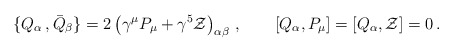
\begin{align*}\{ Q_\alpha\,, {\bar Q}_\beta \}=2\left(\gamma^\mu P_\mu +\gamma^5 {\cal Z}\right)_{\alpha\beta}\, ,\qquad \left[Q_\alpha, P_\mu\right]=\left[Q_\alpha, {\cal Z}\right]=0\,.\end{align*}